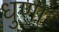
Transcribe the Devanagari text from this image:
धुणा